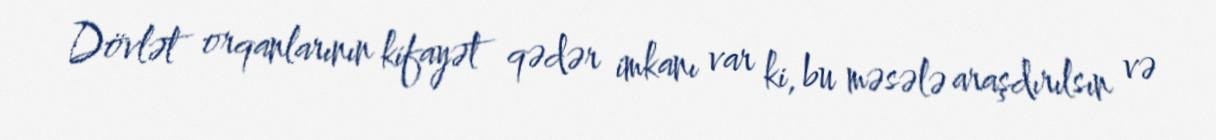
Dövlət orqanlarının kifayət qədər imkanı var ki, bu məsələ araşdırılsın və